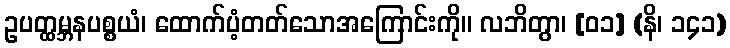
ဥပတ္ထမ္ဘနပစ္စယံ၊ ထောက်ပံ့တတ်သောအကြောင်းကို။ လဘိတွာ၊ [၀၁] (နိ၊ ၁၄၁)